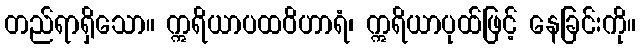
တည်ရာရှိသော။ ဣရိယာပထဝိဟာရံ၊ ဣရိယာပုထ်ဖြင့် နေခြင်းကို။